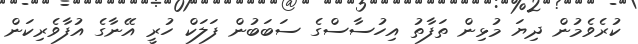
ކުރެވެމުން ދިޔަ މުޅިން ތަފާތު އިހުސާސްގެ ސަބަބުން ފަލަކް ހުރީ އޭނާގެ އުފާވެރިކަން